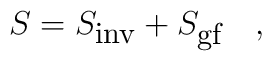
S = S_{\mbox{\small inv}} + S_{\mbox{\small gf}} \quad ,